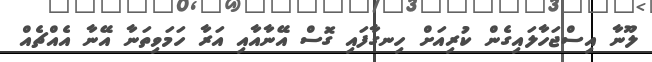
ލޫނާ އިސްޖަހާލައިގެން ކުރިއަށް ހިނގާފައި ގޮސް އޭނާއާއި އަރާ ހަމަވިތަނާ އޭނާ އެއްޗެއް